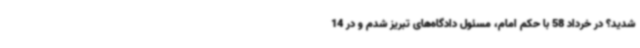
شدید؟ در خرداد 58 با حکم امام، مسئول دادگاه‌های تبریز شدم و در 14